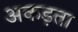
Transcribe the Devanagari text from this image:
अकड़ता